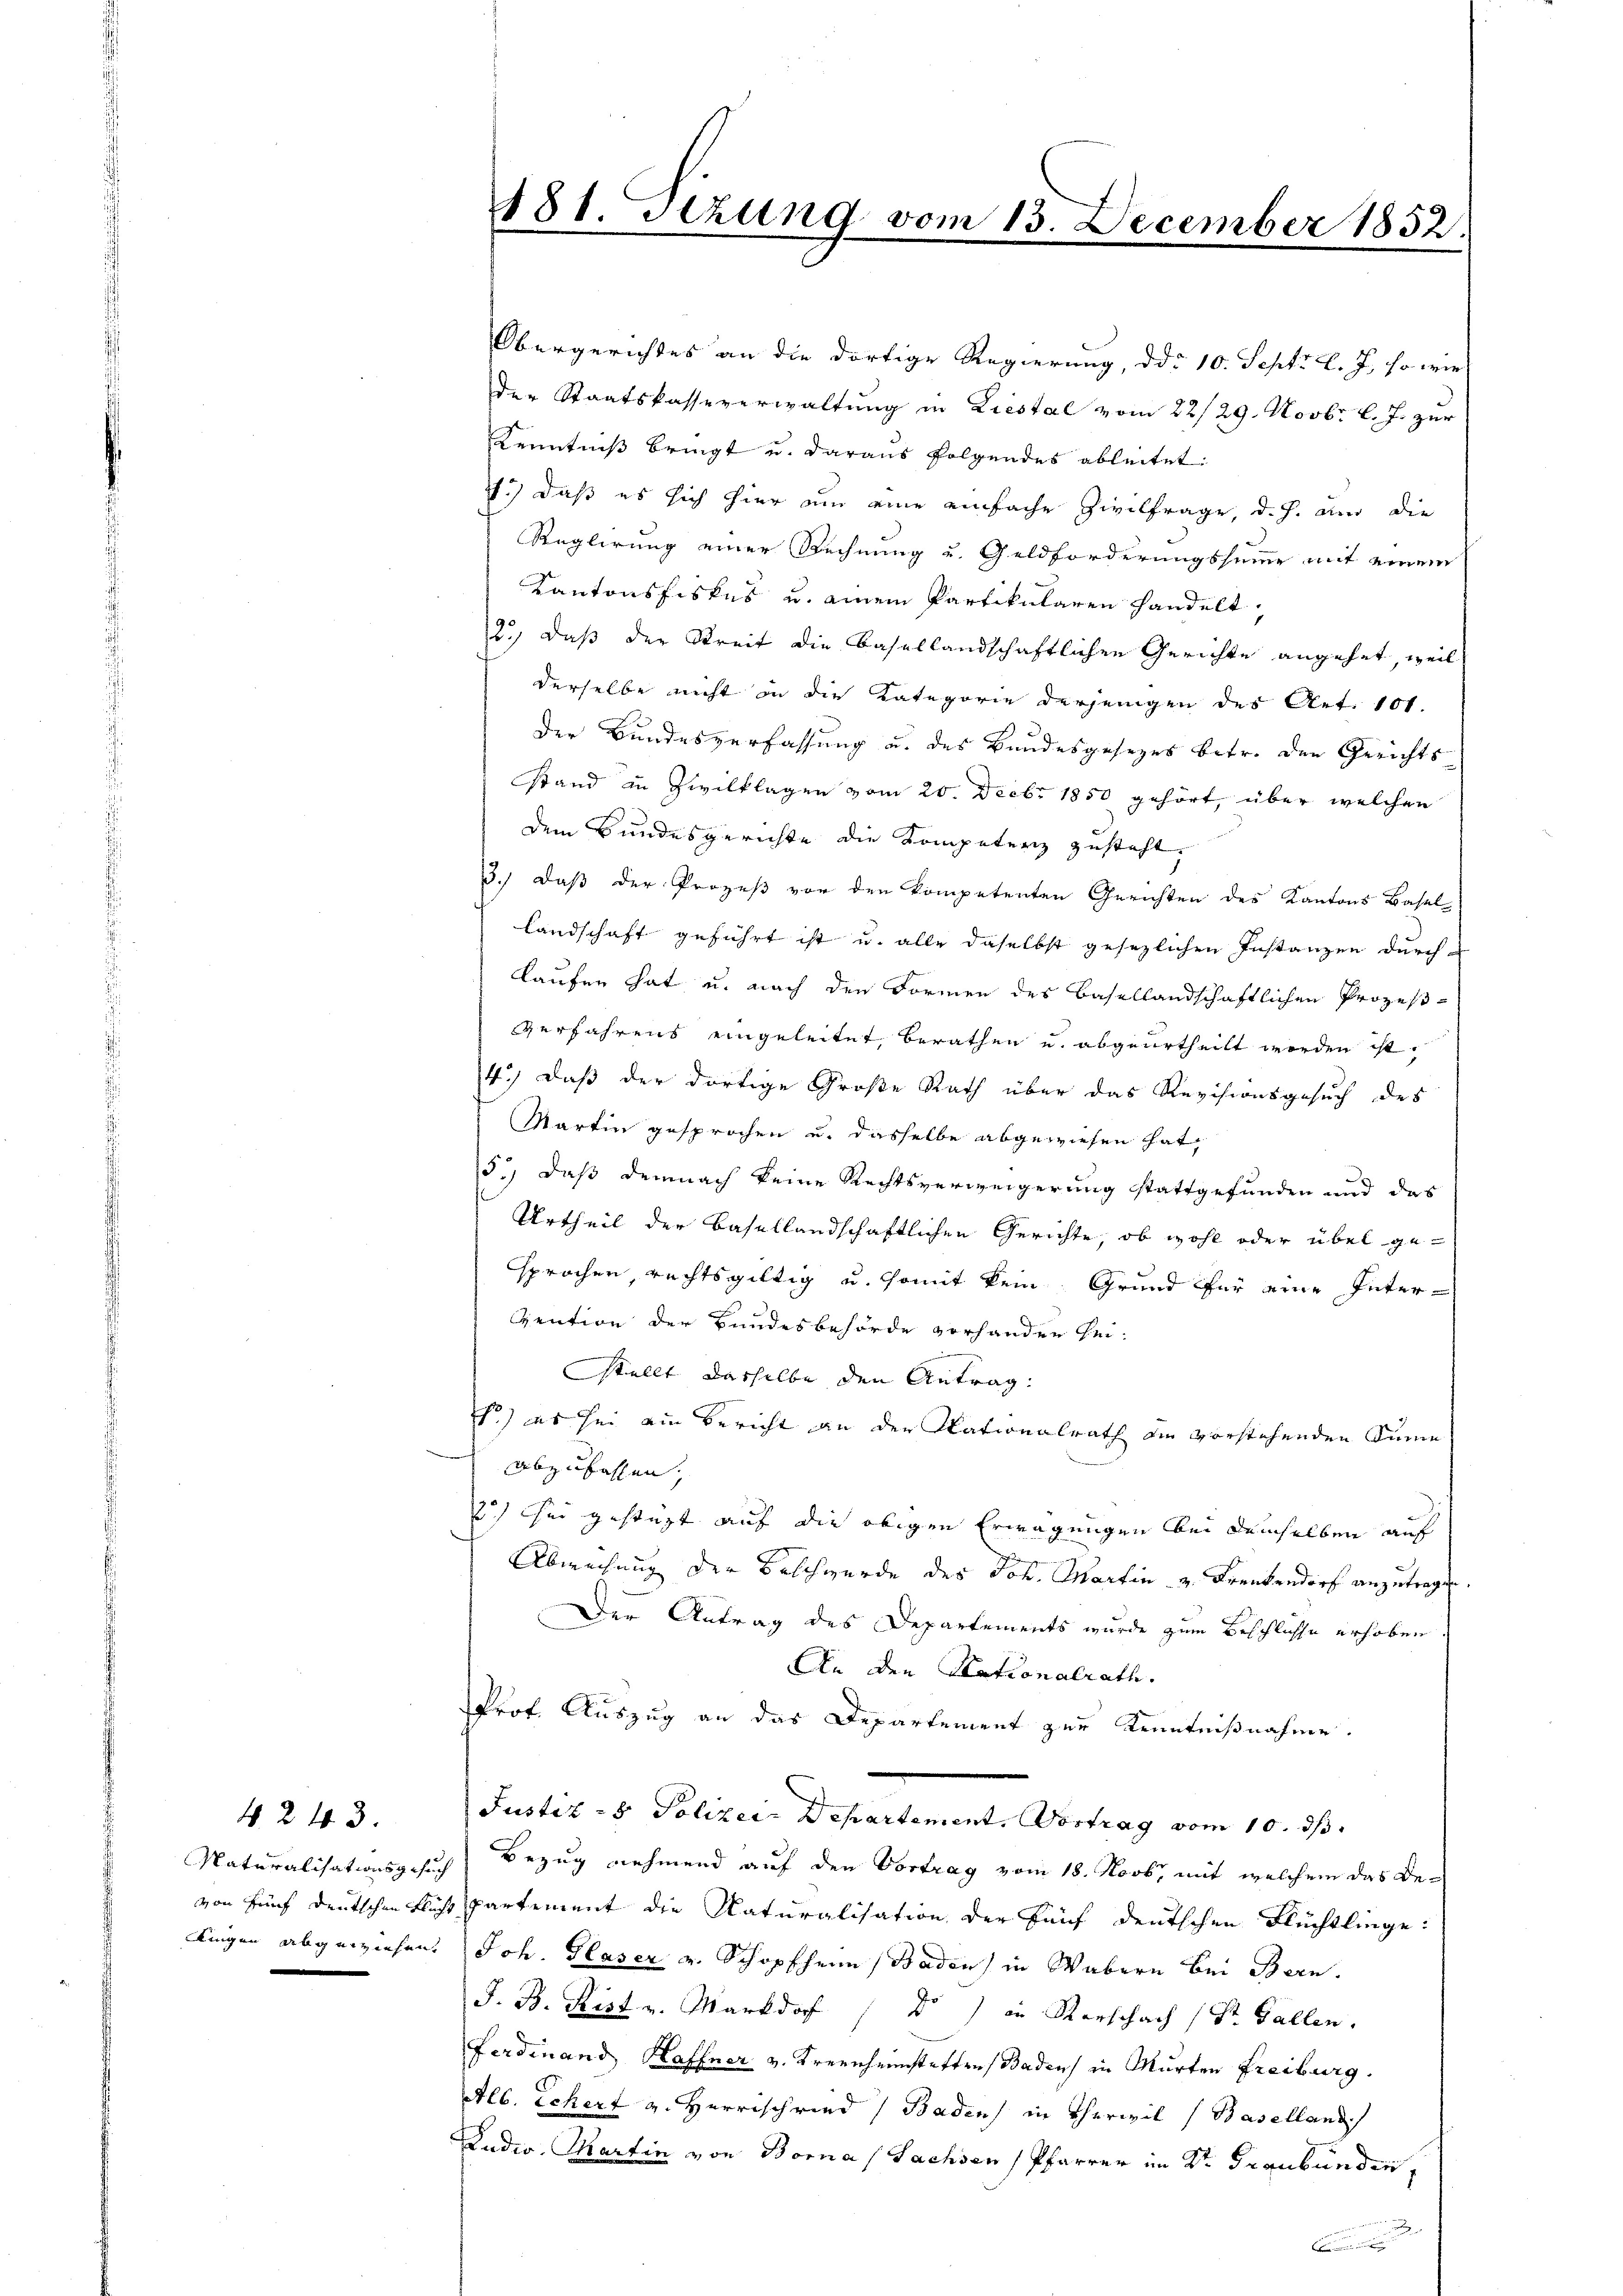
4243.

Obergerichtes an die dortige Regierung, ddo 10. Sept. l. J., so wie
der Staatskasseverwaltung in Liestal vom 22/29. Novbr. l. J. zur
Kenntniß bringt und daraus folgendes ableitet:
.) daß es sich hier um eine einfache Zivilfrage, d. J. und die
Reglirung einer Rechnung und Geldforderungssumme mit einem
Kantonsfiskes u. einem Partikularen handelt,
2, daß der Streit die Basellandschaftlichen Gerichte angehet, weil
derselbe nicht in die Kategorie derjenigen des Art. 101.
der Bundesverfassung u. des Bundesgesezes betr. den Gerichts
stand in Zivilklagen vom 20. Decbr 1850 gehört, über welchen
dem Bundesgerichte die Kompetenz zusteht,
3.) Daß der Prozeß vor den kompetenten Gerichten des Kantons Basel
Landschaft geführt ist u. alle daselbst gesezlichen Instanzen durch
laufen hat u. nach den Formen des Basellandschaftlichen Prozeß¬
Verfahrens eingeleitet, berathen u. abgeurtheilt werden ist,
4.) Daß der dortige Große Rath über das Revisionsgesuch des
Martin gesprochen u. dasselbe abgewiesen hat,
5.) daß demnach keine Rechtsverweigerung stattgefunden und das
Urtheil der Basellandschaftlichen Gerichte, ob wohl oder übel gesprochen, rechtsgültig u. somit kein Grund für eine Inter¬
Vention der Bundesbehörde vorhander hei¬
Stellt dasselbe den Antrag:
) es sei ein Bericht an der Nationalrath die vorstehenden Sinne
abzufassen,
) her gestüzt auf die obigen Erwägungen bei demselben auf
Abweisung der Beschwerde des Joh. Martin u. Krenkendorf anzutragen.
Der Antrag des Departements wurde zum Beschlüsse erhoben
An den Nationalrath.
Prof. Auszug an das Departement zur Kenntnißnahme.
Justiz- & Polizei Departement. Vortrag vom 10. ds.
Naturalisationsgesuch, Bezug nehmend auf den Vortrag vom 18. Novb. mit welchem das Bevon fünf deutschen Flucht partement die Naturalisation der Fünf deutschen Flüchtlinge:
Dingen abgewiesen. Joh. Glaser v. Schopfheim Baden) in Wabern bei Bern.
J. B. Kästr. Markdof / D ) in Vorschach (St. Gallen.
Ferdinand Haffner v. Kreinheimstatten Badens in Murten Freiburg.
Alb. Schert v. Herrschried (Baden) in Therwil (Basellande
Dudio. Martin von Bora (Sachsen Pfarrer im Dr. Graubünden,
.

181. Sitzung vom 13. December 1852.